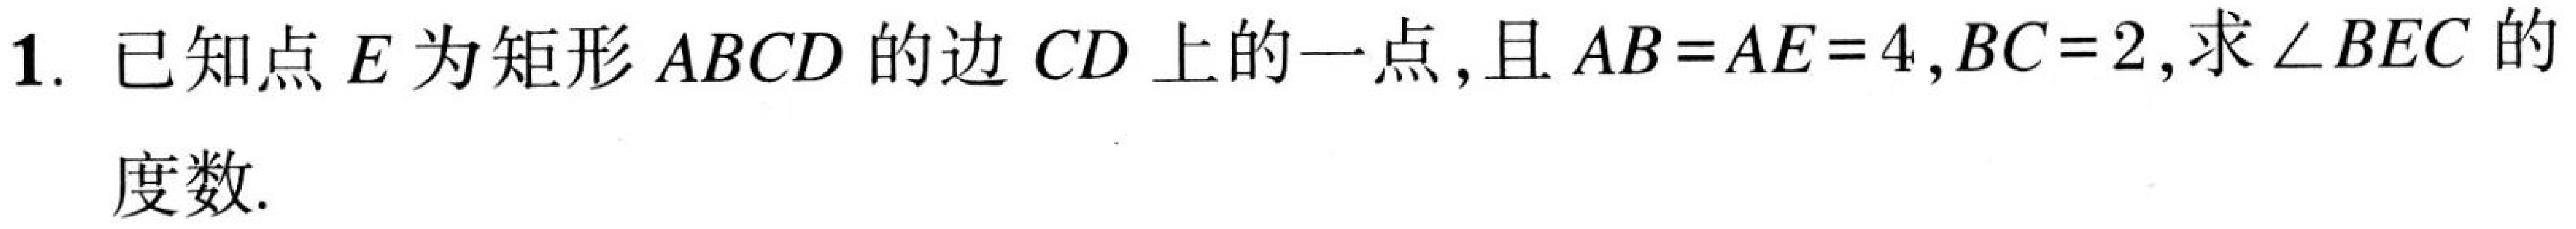
1. 已知点\(E\)为矩形\(ABCD\)的边\(CD\)上的一点,且\(AB = AE = 4,BC = 2\),求\(\angle BEC\)的
度数.